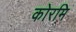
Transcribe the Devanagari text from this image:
कोरमि